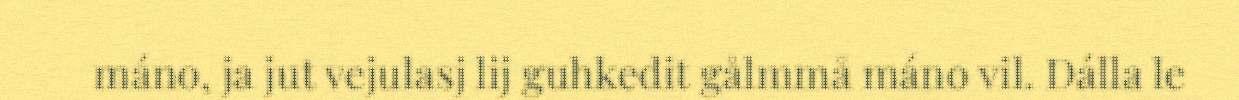
máno, ja jut vejulasj lij guhkedit gålmmå máno vil. Dálla le